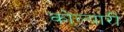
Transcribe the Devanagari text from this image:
कोल्यारी